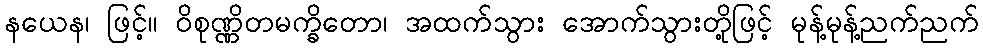
နယေန၊ ဖြင့်။ ဝိစုဏ္ဏိတမက္ခိတော၊ အထက်သွား အောက်သွားတို့ဖြင့် မုန့်မုန့်ညက်ညက်